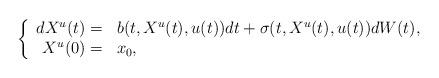
LaTeX: \begin{align*}\left\{\begin{array}[c]{rl}dX^{u}(t)= & b(t,X^{u}(t),u(t))dt+\sigma(t,X^{u}(t),u(t))dW(t),\\X^{u}(0)= & x_{0},\end{array}\right. \end{align*}